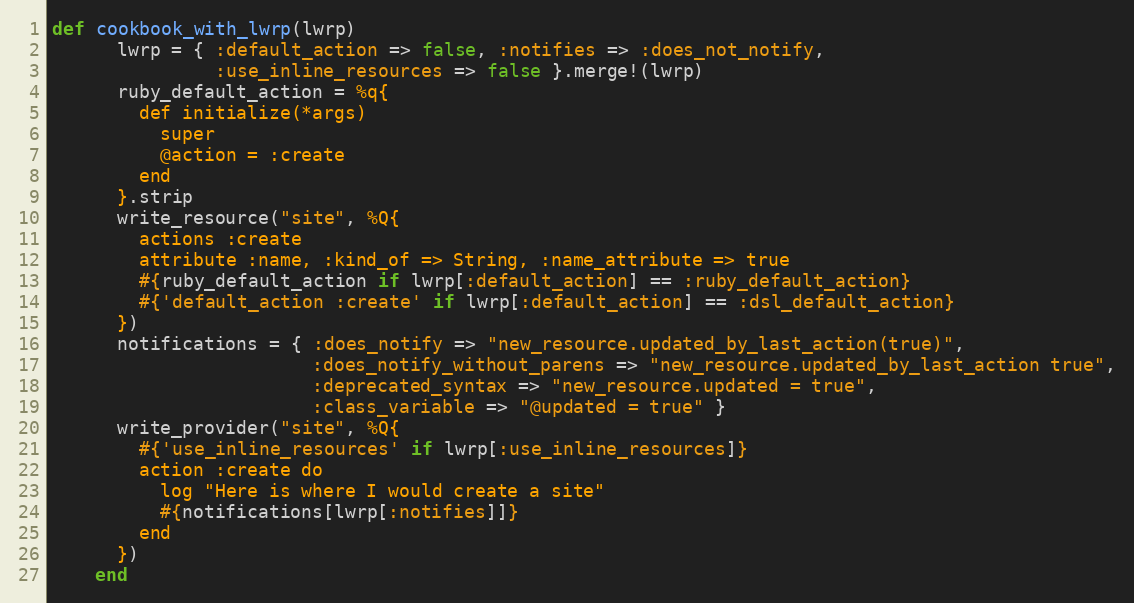
Language: Ruby
def cookbook_with_lwrp(lwrp)
      lwrp = { :default_action => false, :notifies => :does_not_notify,
               :use_inline_resources => false }.merge!(lwrp)
      ruby_default_action = %q{
        def initialize(*args)
          super
          @action = :create
        end
      }.strip
      write_resource("site", %Q{
        actions :create
        attribute :name, :kind_of => String, :name_attribute => true
        #{ruby_default_action if lwrp[:default_action] == :ruby_default_action}
        #{'default_action :create' if lwrp[:default_action] == :dsl_default_action}
      })
      notifications = { :does_notify => "new_resource.updated_by_last_action(true)",
                        :does_notify_without_parens => "new_resource.updated_by_last_action true",
                        :deprecated_syntax => "new_resource.updated = true",
                        :class_variable => "@updated = true" }
      write_provider("site", %Q{
        #{'use_inline_resources' if lwrp[:use_inline_resources]}
        action :create do
          log "Here is where I would create a site"
          #{notifications[lwrp[:notifies]]}
        end
      })
    end